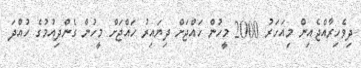
ދިވެހިރާއްޖެއިން މިއަހަރު 2000 މީހުން ހައްޖަށް ދިޔައިރު ހައްޖަށް މީހުން ގެންދިއުމުގެ ހުއްދަ